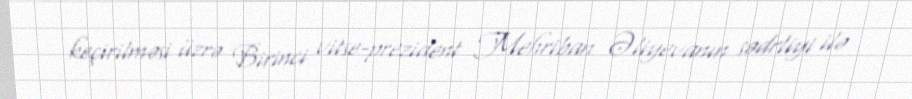
keçirilməsi üzrə Birinci vitse-prezident Mehriban Əliyevanın sədrliyi ilə